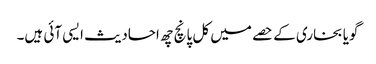
گویا بخاری کے حصے میں کل پانچ چھ احادیث ایسی آئی ہیں۔